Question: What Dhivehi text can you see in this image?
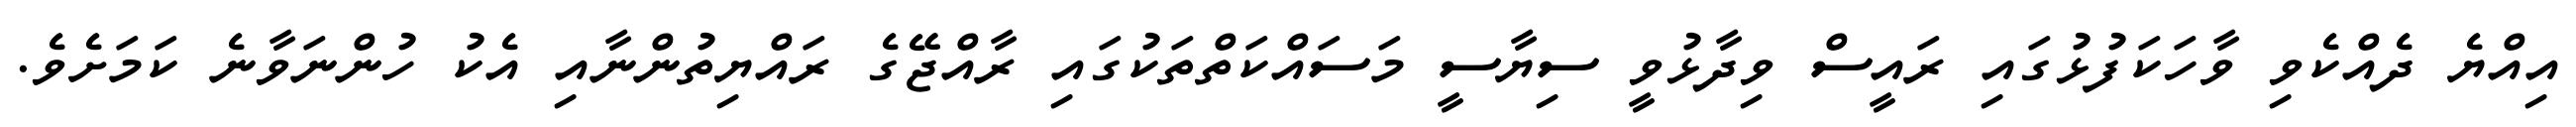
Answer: އިއްޔެ ދެއްކެވި ވާހަކަފުޅުގައި ރައީސް ވިދާޅުވީ ސިޔާސީ މަސައްކަތްތަކުގައި ރާއްޖޭގެ ރައްޔިތުންނާއި އެކު ހުންނަވާނެ ކަމަށެވެ.